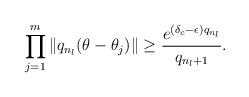
LaTeX: \begin{align*}\prod_{j=1}^m \|q_{n_l} (\theta-\theta_j)\|\geq \frac{e^{(\delta_c-\epsilon)q_{n_l}}}{q_{n_l+1}}.\end{align*}